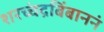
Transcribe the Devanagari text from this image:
शरच्चंद्रबिंबाननं